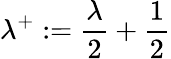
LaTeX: \lambda^{+}:=\frac{\lambda}{2}+\frac{1}{2}